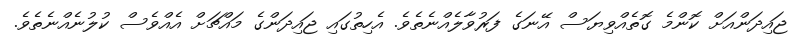
ޖައިދަންއަށް ކޮންމެ ގޮތެއްވިޔަސް އޭނަގެ ފަރުވާލެއްނެތެވެ. އެހިތުގައި ޖައިދަންގެ މައްޗަށް އެއްވެސް ކުލުނެއްނެތެވެ.